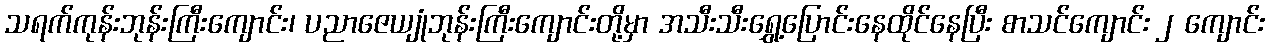
သရက်ကုန်းဘုန်းကြီးကျောင်း၊ ပညာဇေယျုံဘုန်းကြီးကျောင်းတို့မှာ အသီးသီးရွှေ့ပြောင်းနေထိုင်နေပြီး စာသင်ကျောင်း ၂ ကျောင်း